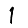
Digit: 1